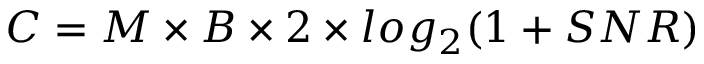
C = M \times B \times 2 \times l o g _ { 2 } ( 1 + S N R )